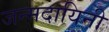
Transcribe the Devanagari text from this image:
जन्मदायिनी